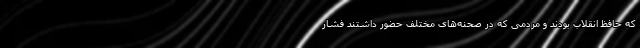
که حافظ انقلاب بودند و مردمی که در صحنه‌های مختلف حضور داشتند فشار